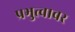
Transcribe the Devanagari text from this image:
प्रभुत्वावर